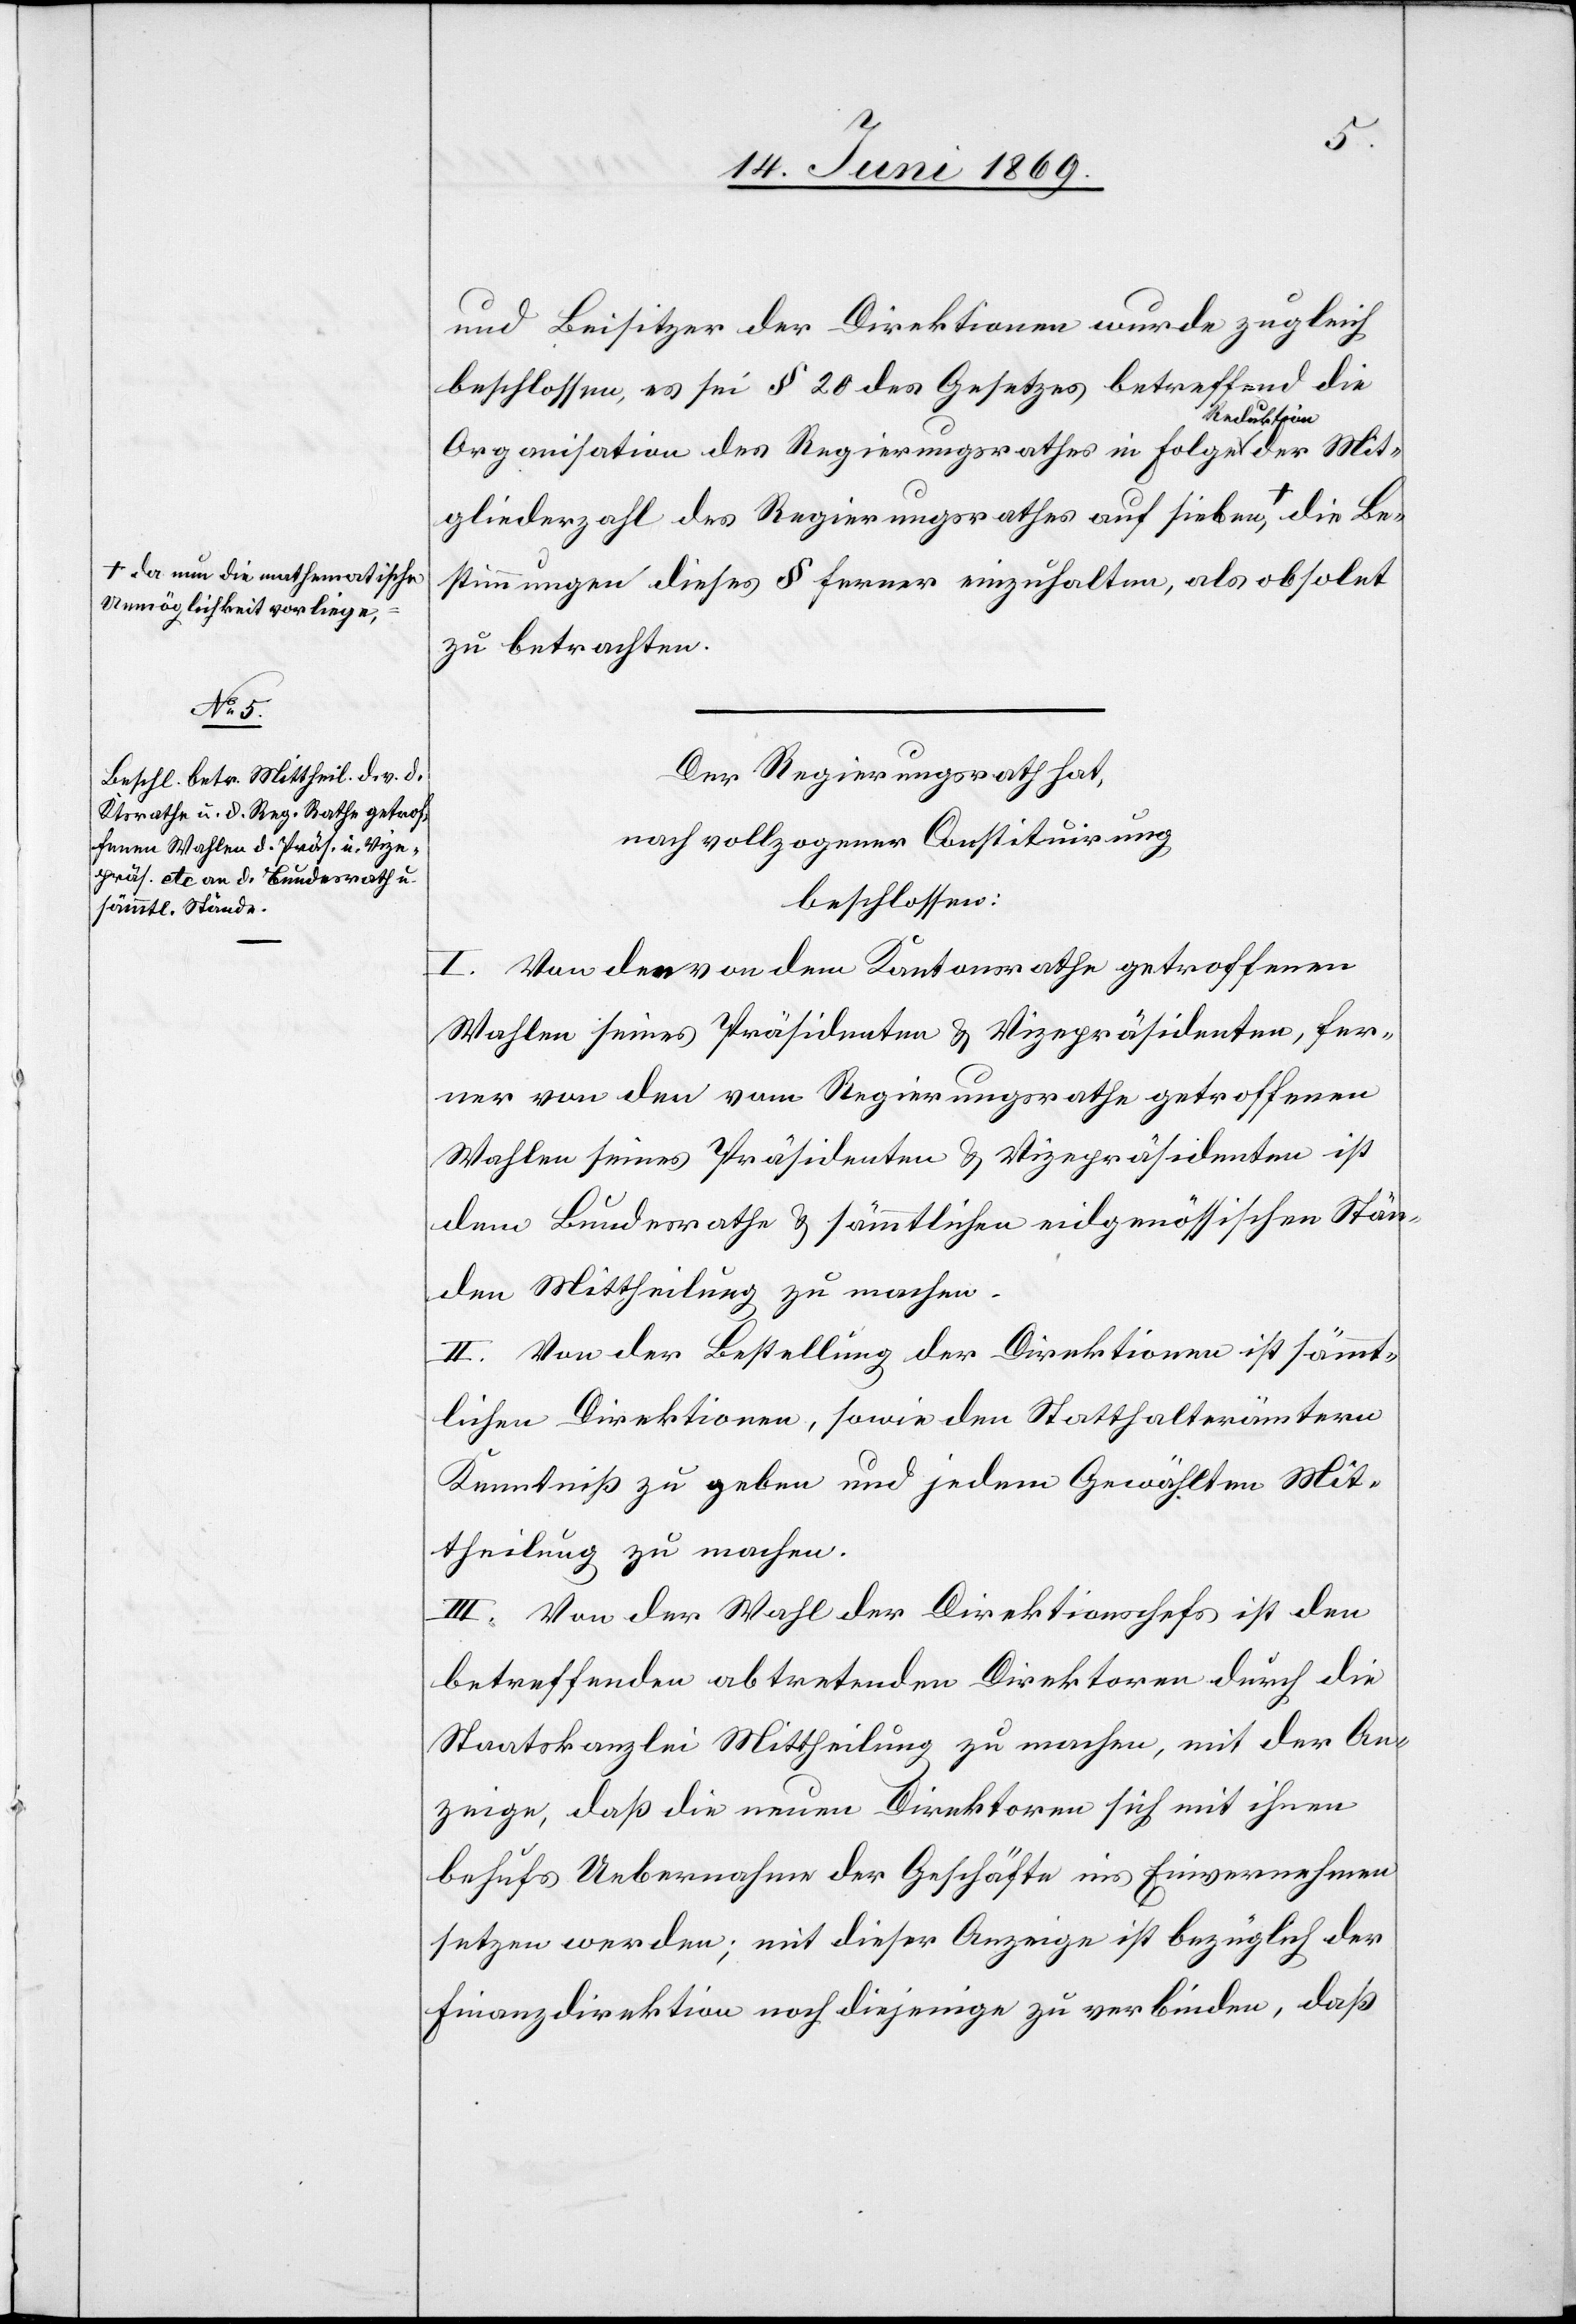
un die mathematische
Unmöglichkeit vorliege,-a

und Beisitzer der Direktionen wurde zugleich
beschlossen, es sei § 20 des Gesetzes betreffend die
Organisation des Regierungsrathes in Folge a-Reduktion-a
Mitgliederzahl des Regierungsrathes auf sieben a-da n¬
Bestimmungen dieses § ferner einzuhalten, als obsolet
zu betrachten.
Der Regierungsrath hat,
nach vollzogener Constituirung,
beschlossen:
I. Von den von dem Kantonsrathe getroffenen
Wahlen seines Präsidenten u. Vicepräsidenten, fer¬
ner von den vom Regierungsrathe getroffenen
Wahlen seines Präsidenten u. Vicepräsidenten ist
dem Bundesrathe u. sämmtlichen eidgenössischen Stän¬
den Mittheilung zu machen.
II. Von der Bestellung der Direktionen ist sämmt¬
lichen Direktionen, sowie den Statthalterämtern
Kenntniß zu geben und jedem Gewählten Mit¬
theilung zu machen.
III. Von der Wahl der Direktionschefs ist den
betreffenden abtretenden Direktoren durch die
Staatskanzlei Mittheilung zu machen, mit der An¬
zeige, daß die neuen Direktoren sich mit ihrem
behufs Uebernahme der Geschäfte ins Einvernehmen
setzen werden; mit dieser Anzeige ist bezüglich der
Finanzdirektion noch diejenige zu verbinden, daß